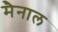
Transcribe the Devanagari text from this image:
मैनाल